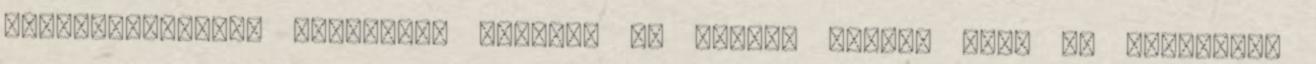
Fülöp-szigeteki nyolcéves kissrác is jobban dobol, mint te valamikor